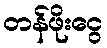
တန်ဖိုးငွေ